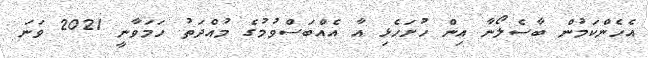
އެހެންކަމުން ބާސެލޯނާ އިން ހުށަހެޅި އާ އެއްބަސްވުމުގެ މުއްދަތު ހަމަވާނީ 2021 ވަނަ